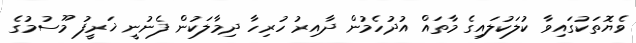
ވެޔޮތަކުގައިވާ ކުލަކުލައިގެ މާތައް އުދުހެމުން ދާއިރު ހުރިހާ ދިމާލަކުން ފެނުނީ ޚަރީފު މޫސުމުގެ